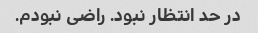
در حد انتظار نبود. راضی نبودم.